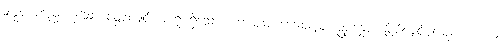
သတ္တဝါတည်းဟူသော ဝတ္ထုလျှင် အာရုံ ရှိသော။ ကောဓေ၊ ဒေါသသည်။ ဥပ္ပန္နေပိ၊ ဖြစ်လျှင်မူလည်း။ ယာဝ၊